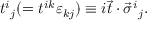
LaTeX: t ^ { i } { } _ { j } ( = t ^ { i k } \varepsilon _ { k j } ) \equiv i \vec { t } \cdot \vec { \sigma } ^ { i } { } _ { j } .